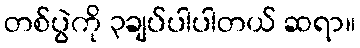
တစ်ပွဲကို ၃ချပ်ပါပါတယ် ဆရာ။